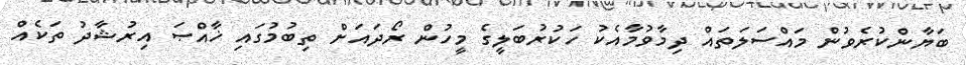
ބަޔާންކުރެވުން މައްސަލަތައް ދިމާވުމާއެކު ހަކުރުބަލީގެ މީހުން ރޯދައަށް ތިބުމުގައި ޚާއްޞަ އިރުޝާދު ތަކެއް